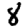
Digit: 8